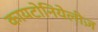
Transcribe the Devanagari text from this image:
कायटोनियेलीज़